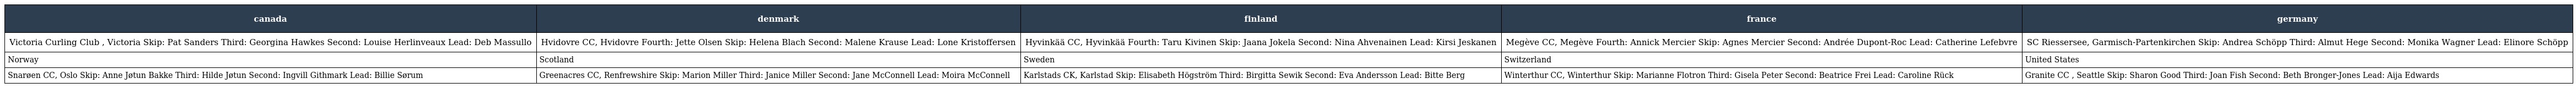
| canada | denmark | finland | france | germany |
 | --- | --- | --- | --- | --- |
 | Victoria Curling Club , Victoria Skip: Pat Sanders Third: Georgina Hawkes Second: Louise Herlinveaux Lead: Deb Massullo | Hvidovre CC, Hvidovre Fourth: Jette Olsen Skip: Helena Blach Second: Malene Krause Lead: Lone Kristoffersen | Hyvinkää CC, Hyvinkää Fourth: Taru Kivinen Skip: Jaana Jokela Second: Nina Ahvenainen Lead: Kirsi Jeskanen | Megève CC, Megève Fourth: Annick Mercier Skip: Agnes Mercier Second: Andrée Dupont-Roc Lead: Catherine Lefebvre | SC Riessersee, Garmisch-Partenkirchen Skip: Andrea Schöpp Third: Almut Hege Second: Monika Wagner Lead: Elinore Schöpp |
 | Norway | Scotland | Sweden | Switzerland | United States |
 | Snarøen CC, Oslo Skip: Anne Jøtun Bakke Third: Hilde Jøtun Second: Ingvill Githmark Lead: Billie Sørum | Greenacres CC, Renfrewshire Skip: Marion Miller Third: Janice Miller Second: Jane McConnell Lead: Moira McConnell | Karlstads CK, Karlstad Skip: Elisabeth Högström Third: Birgitta Sewik Second: Eva Andersson Lead: Bitte Berg | Winterthur CC, Winterthur Skip: Marianne Flotron Third: Gisela Peter Second: Beatrice Frei Lead: Caroline Rück | Granite CC , Seattle Skip: Sharon Good Third: Joan Fish Second: Beth Bronger-Jones Lead: Aija Edwards |